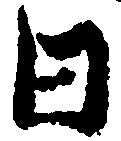
日